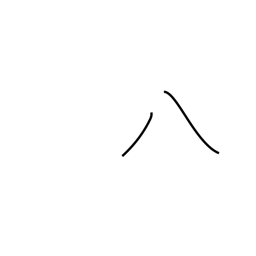
Meaning: eight